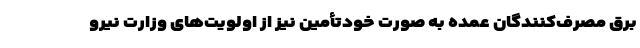
برق مصرف‌کنندگان عمده به صورت خودتأمین نیز از اولویت‌های وزارت نیرو